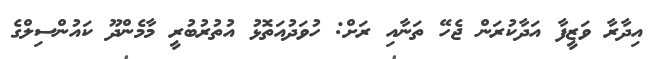
އިދާރާ ވަޒީފާ އަދާކުރަން ޖެހޭ ތަނާއި ރަށް: ހުވަދުއަތޮޅު އުތުރުބުރީ މާމެންދޫ ކައުންސިލްގެ